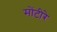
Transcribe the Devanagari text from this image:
मोंटीरे